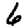
Digit: 6